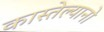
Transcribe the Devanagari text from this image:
कास्तेल्यानो